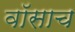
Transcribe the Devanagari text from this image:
वॉसाच